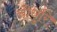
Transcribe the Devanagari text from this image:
चौधुरि